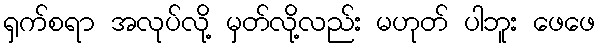
ရှက်စရာ အလုပ်လို့ မှတ်လို့လည်း မဟုတ် ပါဘူး ဖေဖေ